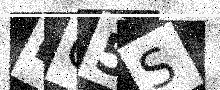
Text: BC5S